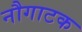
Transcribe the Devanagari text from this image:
नौगाटक